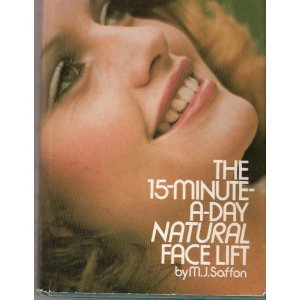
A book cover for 15-Minute-A-Day Natural Face Lift; M. J. Saffon; Health, Fitness & Dieting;